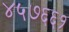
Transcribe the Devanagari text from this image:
४५७६६१